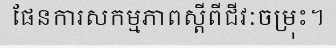
ផែនការសកម្មភាពស្តីពីជីវៈចម្រុះ។